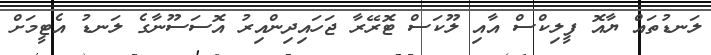
ލަނޑުތައް ޔާއޮ ފީލިކްސް އާއި ލޫކަސް ޓޮރޭރާ ޖަހައިދިންއިރު އޮސަސޫނާގެ ލަނޑު އެޓީމަށް